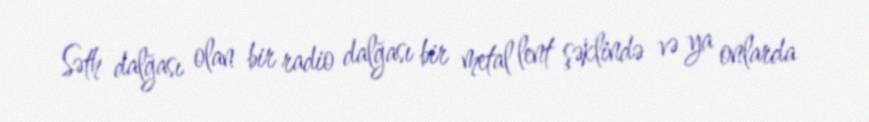
Səth dalğası olan bir radio dalğası bir metal lent şəklində və ya onlarda